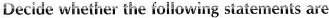
Ddcide whether the following statements are